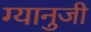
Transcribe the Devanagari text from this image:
ग्यानुजी